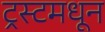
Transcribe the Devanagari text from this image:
ट्रस्टमधून